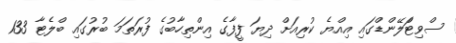
ސްވިޓްަލޭންޑްގައި އިއްޔެ ކުރިއަށް ދިޔަ ފީފާގެ އިންތިހާބުގެ ފުރަތަމަަ ބުރުގައި ބްލެޓާ 133